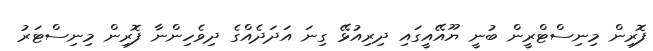
ފޮރިން މިނިސްޓްރީން ބުނީ ޔޫއޭއީގައި ދިރިއުޅޭ ގިނަ އަދަދެއްގެ ދިވެހިންނާ ފޮރިން މިނިސްޓަރު